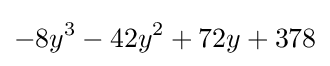
-8y^{3}-42y^{2}+72y+378